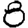
Digit: 8